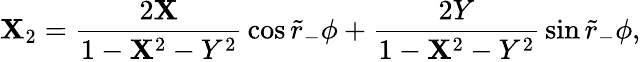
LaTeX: \mathbf{X}_{2}={\frac{{2\mathbf{X}}}{{1-\mathbf{X}^{2}-Y^{2}}}}\cos\tilde{{r}}_{-}\phi+{\frac{{2Y}}{{1-\mathbf{X}^{2}-Y^{2}}}}\sin\tilde{{r}}_{-}\phi,